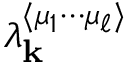
\lambda _ { \mathbf { k } } ^ { \langle \mu _ { 1 } \cdots \mu _ { \ell } \rangle }